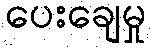
ပေးချေမှု